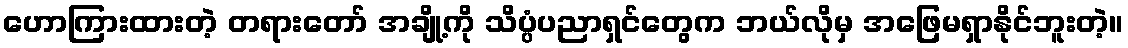
ဟောကြားထားတဲ့ တရားတော် အချို့ကို သိပ္ပံပညာရှင်တွေက ဘယ်လိုမှ အဖြေမရှာနိုင်ဘူးတဲ့။